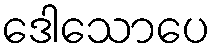
ဒေါသောပေ